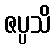
ဇပ္ပသိ